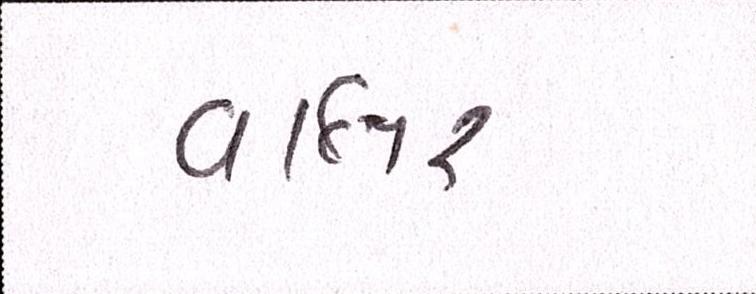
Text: વાલર